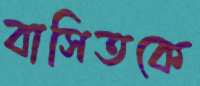
বাসিতকে